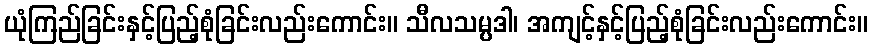
ယုံကြည်ခြင်းနှင့်ပြည့်စုံခြင်းလည်းကောင်း။ သီလသမ္ပဒါ၊ အကျင့်နှင့်ပြည့်စုံခြင်းလည်းကောင်း။